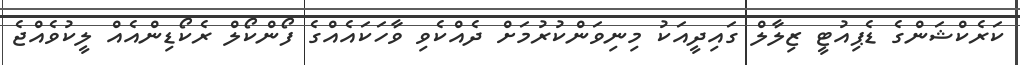
ކަރެކްޝަންގެ ޑެޕިއުޓީ ޒިލާލް ގައިދީއަކު މިނިވަންކުރުމަށް ދެއްކެވި ވާހަކައެއްގެ ފޯންކޯލް ރެކޯޑިންއެއް ލީކުވެއްޖެ